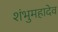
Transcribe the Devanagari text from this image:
शंभुमहादेव